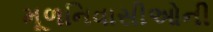
મૂળનિવાસીઓની